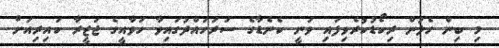
މި ބިން ހެލުން ރިކޯޑުކުރެވިފައި ވަނީ ކެނެޑާގެ ސަރަހައްދުގައިވާ ހަވާއީގެ ޖަޒީރާ ކައިރިއަށް